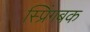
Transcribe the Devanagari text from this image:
स्प्रिंगबक